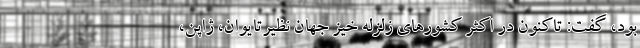
بود، گفت: تاکنون در اکثر کشورهای زلزله خیز جهان نظیرتایوان، ژاپن،